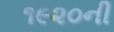
૧૯૨૦ની